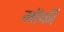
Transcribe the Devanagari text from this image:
मॉर्फी